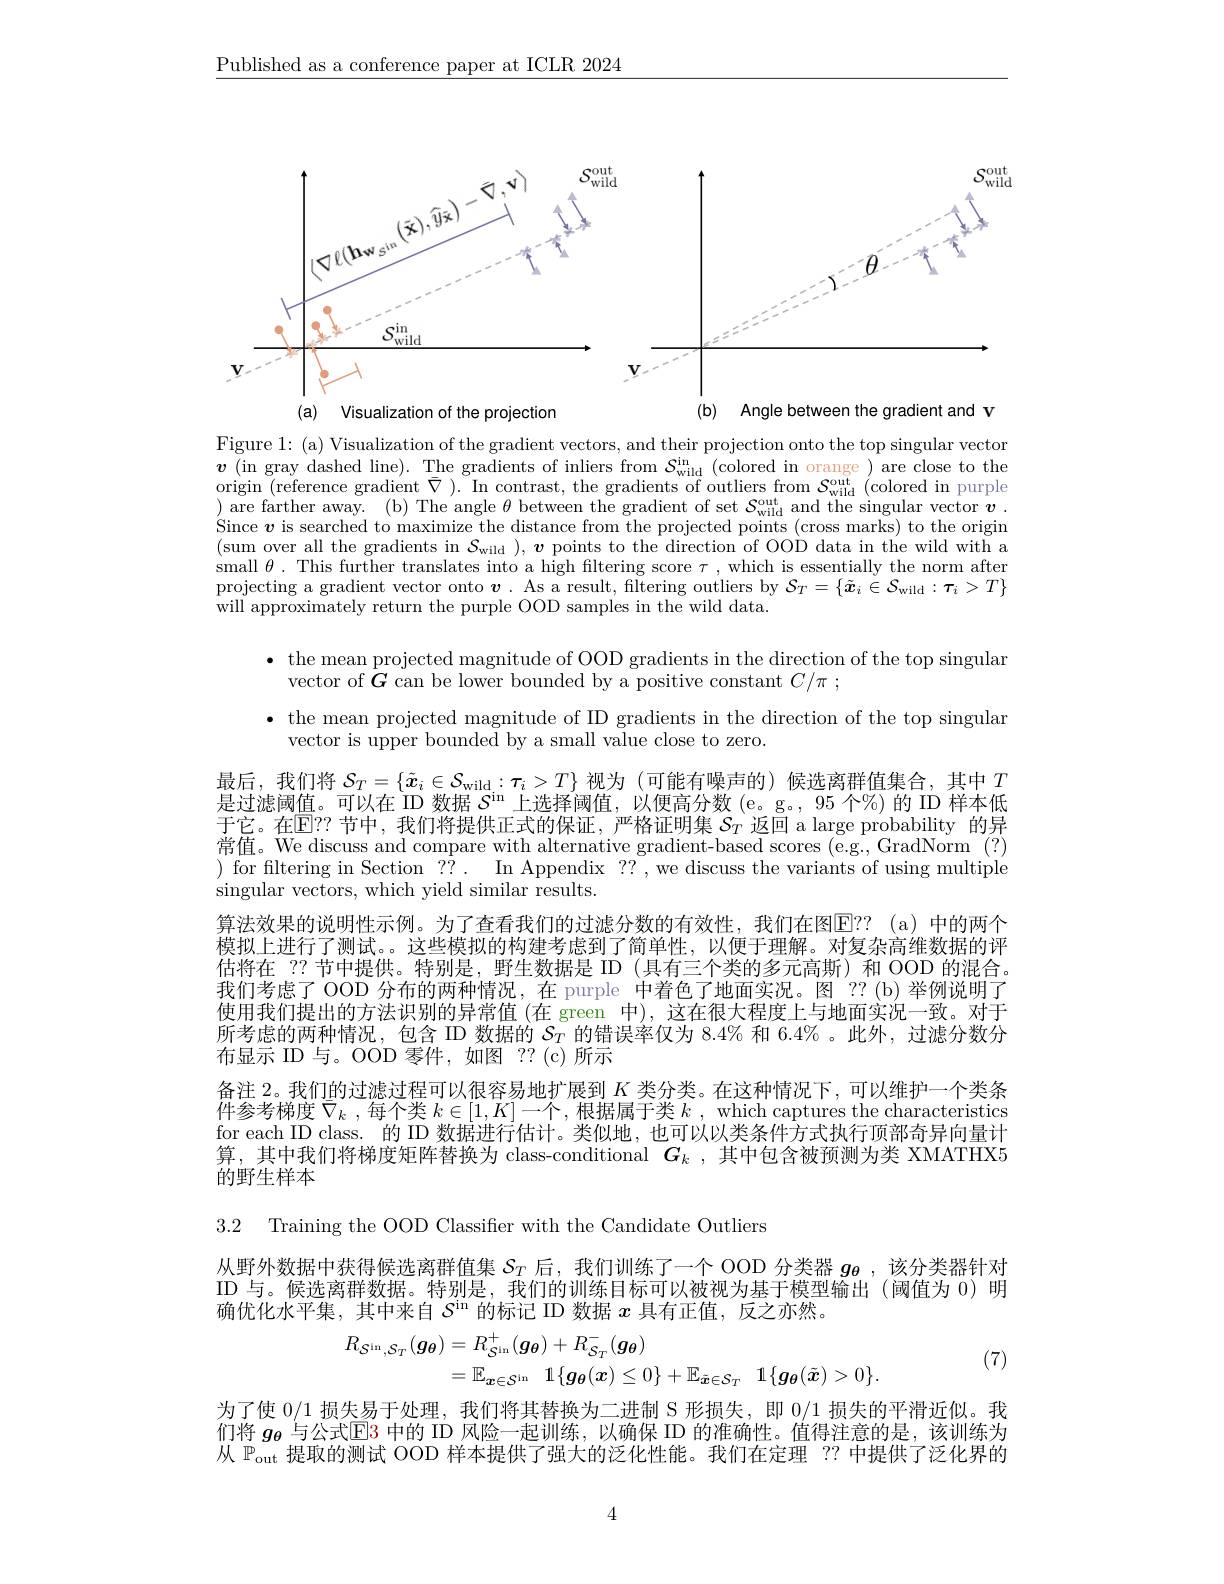
$\underline{\text{Published as a conference paper at ICLR 2024}}$

<FigureHere>

Figure 1: (a) Visualization of the gradient vectors, and their projection onto the top singular vector $\boldsymbol{v}($in gray dashed line).The gradients of inliers from $S_\mathrm{wild}^\mathrm{in}($colored in orange ) are close to the origin (reference gradient $\bar{\nabla}).$ In contrast, the gradients of outliers from $\mathcal{S}_\mathrm{wild}^\mathrm{out}$ (colored in purple ) are farther away. (b) The angle $\theta$ between the gradient of set $\mathcal{S}_\mathrm{wild}^\mathrm{out}$ and the singular vector $v.$ Since $v$ is searched to maximize the distance from the projected points (cross marks) to the origin (sum over all the gradients in $\mathcal{S}_\mathrm{wild}),\boldsymbol{v}$ points to the direction of OOD data in the wild with a small $\theta$. This further translates into a high filtering score $\tau$ , which is essentially the norm after $\begin{array}{c}\mathrm{projecting~a~gradient~vector~onto~}\boldsymbol{v}.&\mathrm{As~a~result,~filtering~outliers~by~}\mathcal{S}_{T}=\{\tilde{\boldsymbol{x}}_{i}\in\mathcal{S}_{\mathrm{wild}}:\boldsymbol{\tau}_{i}>T\}\\\mathrm{projecting~a~gradient~vector~onto~}\boldsymbol{v}.&\mathrm{As~a~result,~filtering~outliers~by~}\mathcal{S}_{T}=\{\tilde{\boldsymbol{x}_{i}}\in\mathcal{S}_{\mathrm{wild}}:\boldsymbol{\tau}_{i}\end{array}$ will approximately return the purple OOD samples in the wild data.

· the mean projected magnitude of OOD gradients in the direction of the top singular

vector of $\boldsymbol G$ can be lower bounded by a positive constant $C/ \pi$ ;

$\bullet$ the mean projected magnitude of ID gradients in the direction of the top singular

vector is upper bounded by a small value close to zero.

最后，我们将$\mathcal{S}_T=\left\{\tilde{x}_i\in\mathcal{S}_{\mathrm{wild}}:\boldsymbol{\tau}_i>T\right\}$视为(可能有噪声的)候选离群值集合，其中$T$ 是过滤阈值。可以在 ID 数据$S^\mathrm{in}$上选择阈值，以便高分数 (e。g。,95 个%)的 ID 样本低于它。在$\mathbb{E}$!?节中，我们将提供正式的保证，严格证明集 $\mathcal{S}_T$ 返回 a large probability 的异常值。We discuss and compare with alternative gradient-based scores (e.g., GradNorm (?) ) for filtering in Section ??. In Appendix ??, we discuss the variants of using multiple singular vectors, which yield similar results.
算法效果的说明性示例。为了查看我们的过滤分数的有效性，我们在图E？? ( a) 中的两个模拟上进行了测试。。这些模拟的构建考虑到了简单性，以便于理解。对复杂高维数据的评估将在 ?? 节中提供。特别是，野生数据是 ID (具有三个类的多元高斯) 和 OOD 的混合。我们考虑了 OOD 分布的两种情况，在 purple 中着色了地面实况。图 ??(b)举例说明了使用我们提出的方法识别的异常值 (在 green 中), 这在很大程度上与地面实况一致。对于所考虑的两种情况，包含 ID 数据的$S_T$的错误率仅为 8.4% 和 6.4% 。此外，过滤分数分布显示 ID 与。OOD 零件，如图 ??(c)所示
备注 2。我们的过滤过程可以很容易地扩展到$K$类分类。在这种情况下，可以维护一个类条件参考梯度$\bar{\nabla}_k$ ,每个类$k\in[1,K]$一个 ,根据属于类$k$ , which captures the characteristics for each ID class. 的 ID 数据进行估计。类似地，也可以以类条件方式执行顶部奇异向量计算，其中我们将梯度矩阵替换为 class-conditional $G_k$ ,其中包含被预测为类 XMATHX5的野生样本

3.2 Training the OOD Classifier with the Candidate Outliers

从野外数据中获得候选离群值集$S_T$后，我们训练了一个 OOD 分类器$g_{\boldsymbol{\theta}}$ ,该分类器针对ID 与。候选离群数据。特别是，我们的训练目标可以被视为基于模型输出(阈值为 0)明确优化水平集，其中来自$S^\mathrm{in}$的标记 ID 数据$x$具有正值，反之亦然。
$$\begin{aligned}R_{\mathcal{S}^{\mathrm{in}},\mathcal{S}_{T}}(\boldsymbol{g}_{\boldsymbol{\theta}})&=R_{\mathcal{S}^{\mathrm{in}}}^{+}(\boldsymbol{g}_{\boldsymbol{\theta}})+R_{\mathcal{S}_{T}}^{-}(\boldsymbol{g}_{\boldsymbol{\theta}})\\&=\mathbb{E}_{\boldsymbol{x}\in\mathcal{S}^{\mathrm{in}}}\quad1\{\boldsymbol{g}_{\boldsymbol{\theta}}(\boldsymbol{x})\leq0\}+\mathbb{E}_{\tilde{\boldsymbol{x}}\in\mathcal{S}_{T}}\quad1\{\boldsymbol{g}_{\boldsymbol{\theta}}(\tilde{\boldsymbol{x}})>0\}.\end{aligned}$$
(7)

为了使0/1损失易于处理，我们将其替换为二进制 S 形损失，即0/1损失的平滑近似。我们将 $g_{\boldsymbol{\theta}}$ 与公式$\overline{\mathbb{E}}$3 中的 ID 风险一起训练，以确保 ID 的准确性。值得注意的是，该训练为从$\mathbb{P}_\mathrm{out}$提取的测试 OOD 样本提供了强大的泛化性能。我们在定理 ?? 中提供了泛化界的

4